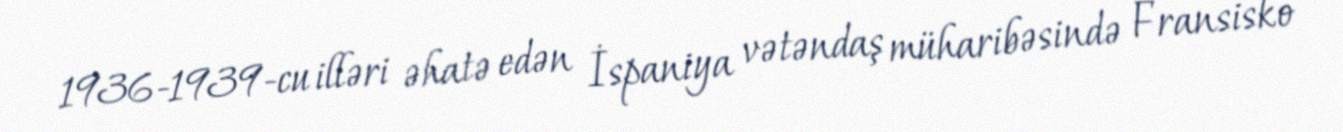
1936-1939-cu illəri əhatə edən İspaniya vətəndaş müharibəsində Fransisko